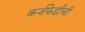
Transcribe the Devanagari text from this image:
कर्जफेडीची